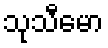
သုသီမော